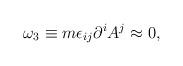
LaTeX: \begin{align*}\omega_3 \equiv m \epsilon_{ij} \partial^i A^j \approx 0,\end{align*}